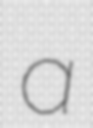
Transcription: a